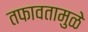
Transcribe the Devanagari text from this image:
तफावतामुळे